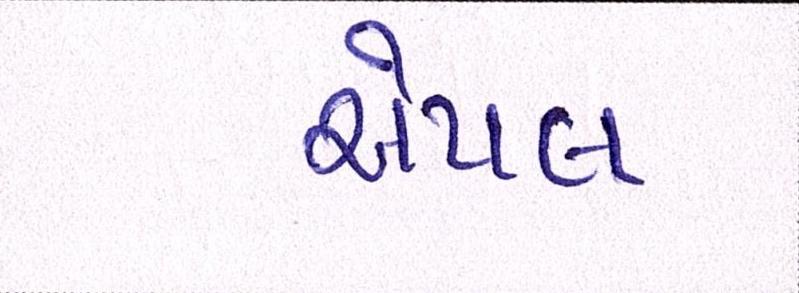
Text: એપલ